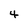
Character: 4